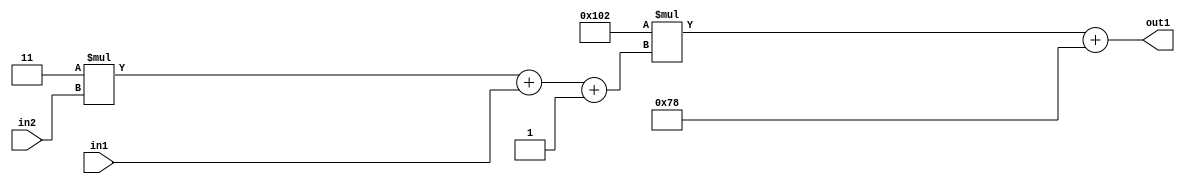
`timescale 1ps / 1ps
/*****************************************************************************
    Verilog RTL Description
    
    
    Created by: Stratus DpOpt 2019.1.01 
*******************************************************************************/

module DC_Filter_Add2i120Mul2i258Add3i1u1Mul2i3u2_1 (
	in2,
	in1,
	out1
	); /* architecture "behavioural" */ 
input [1:0] in2;
input  in1;
output [11:0] out1;
wire [11:0] asc001;
wire [3:0] asc002;

wire [3:0] asc002_tmp_0;
wire [3:0] asc002_tmp_1;
assign asc002_tmp_1 = 
	+(4'B0011 * in2);
assign asc002_tmp_0 = asc002_tmp_1
	+(in1);
assign asc002 = asc002_tmp_0
	+(4'B0001);

wire [11:0] asc001_tmp_2;
assign asc001_tmp_2 = 
	+(12'B000100000010 * asc002);
assign asc001 = asc001_tmp_2
	+(12'B000001111000);

assign out1 = asc001;
endmodule

/* CADENCE  vrP3Swg= : u9/ySgnWtBlWxVPRXgAZ4Og= ** DO NOT EDIT THIS LINE ******/